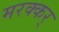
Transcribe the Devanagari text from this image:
मरक्कर्